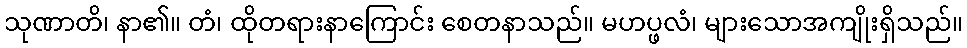
သုဏာတိ၊ နာ၏။ တံ၊ ထိုတရားနာကြောင်း စေတနာသည်။ မဟပ္ဖလံ၊ များသောအကျိုးရှိသည်။